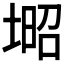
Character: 𡎣